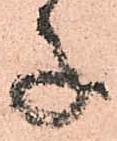
子